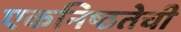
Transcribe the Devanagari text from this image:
एकनिष्ठतेची